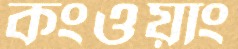
কংওয়াং